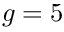
g = 5